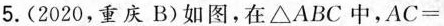
5.(2020，重庆B)如图，在△ABC中，$$AC=